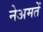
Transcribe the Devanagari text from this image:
नेअमतेें